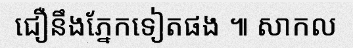
ជឿនឹងភ្នែកទៀតផង ៕ សាកល